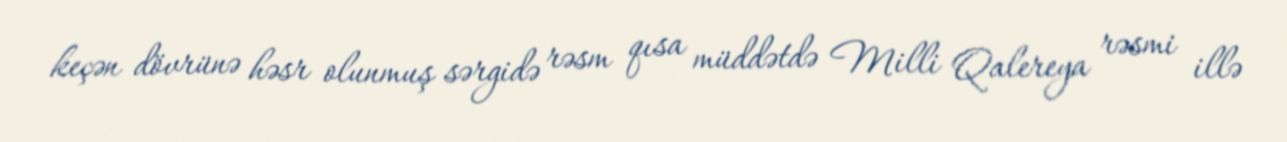
keçən dövrünə həsr olunmuş sərgidə rəsm qısa müddətdə Milli Qalereya rəsmi illə